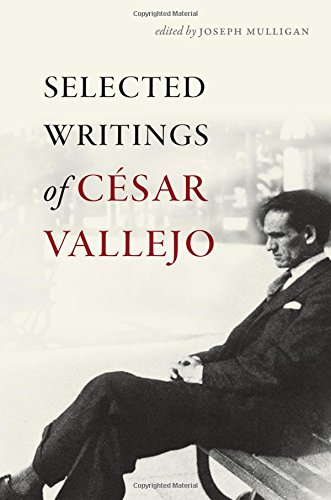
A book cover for Selected Writings of CÃ©sar Vallejo (Wesleyan Poetry Series); CÃ©sar Vallejo; Literature & Fiction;